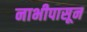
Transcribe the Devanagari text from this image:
नाभीपासून